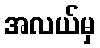
အလယ်မှ